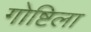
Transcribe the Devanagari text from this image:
गोष्टिला